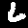
Digit: 6